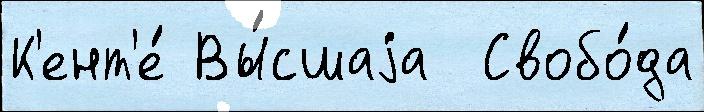
К'ент'е́ Вы́сшаjа  Свобо́да